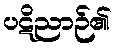
ပဋိညာဉ်၏